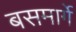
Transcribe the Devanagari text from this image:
बसमार्गे